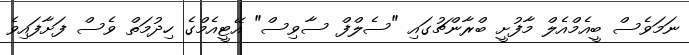
ނަމަވެސް ބީއެމްއެލް މާފުށީ ބްރާންޗުގައި "ސެލްފް ސާވިސް" އޭޓީއެމްގެ ހިދުމަތް ވެސް ފަށާފައިވެ